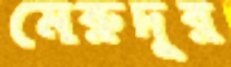
মেরুদূর